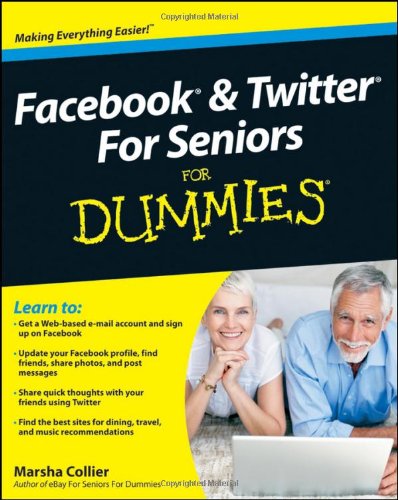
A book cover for Facebook and Twitter For Seniors For Dummies; Marsha Collier; Computers & Technology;